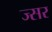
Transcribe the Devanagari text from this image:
ज्सर